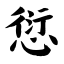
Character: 愆